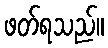
ဖတ်ရသည်။